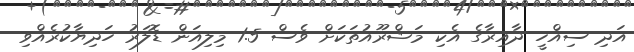
އަދި ސިއްހީ ދާއިރާގެ އެކި މަޝްރޫއުތަކަށް ވެސް 1.5 މިލިއަން ޑޮލަރު ހަދިޔާކުރެއްވި